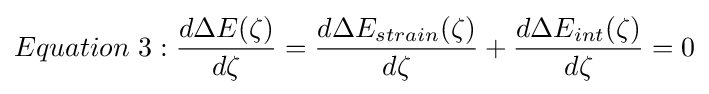
Equation\ 3:{d\Delta E(\zeta ) \over d\zeta }={d\Delta E_{strain}(\zeta ) \over d\zeta }+{d\Delta E_{int}(\zeta ) \over d\zeta }=0